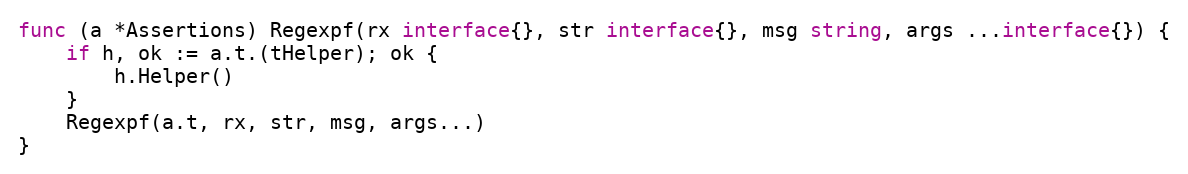
Language: Go
func (a *Assertions) Regexpf(rx interface{}, str interface{}, msg string, args ...interface{}) {
	if h, ok := a.t.(tHelper); ok {
		h.Helper()
	}
	Regexpf(a.t, rx, str, msg, args...)
}